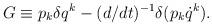
LaTeX: \begin{align*}G \equiv p_k \delta q^k - (d/dt)^{-1}\delta(p_k \dot{q}^k).\end{align*}